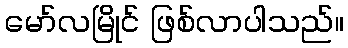
မော်လမြိုင် ဖြစ်လာပါသည်။